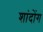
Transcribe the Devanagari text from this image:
शांदोंग